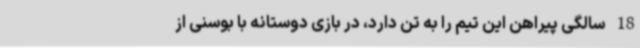
18 سالگی پیراهن این تیم را به تن دارد، در بازی دوستانه با بوسنی از